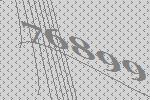
76899